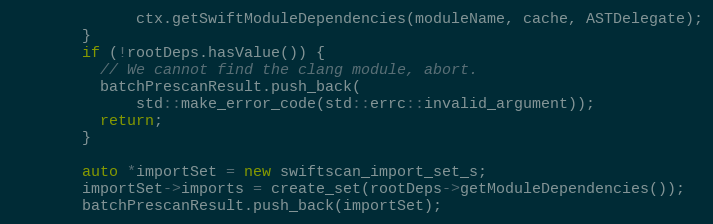
Language: C++
              ctx.getSwiftModuleDependencies(moduleName, cache, ASTDelegate);
        }
        if (!rootDeps.hasValue()) {
          // We cannot find the clang module, abort.
          batchPrescanResult.push_back(
              std::make_error_code(std::errc::invalid_argument));
          return;
        }

        auto *importSet = new swiftscan_import_set_s;
        importSet->imports = create_set(rootDeps->getModuleDependencies());
        batchPrescanResult.push_back(importSet);